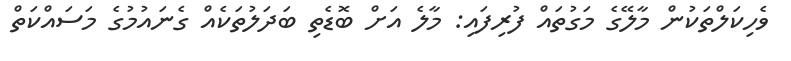
ވެހިކަލްތަކުން މާލޭގެ މަގުތައް ފުރިފައި: މާލެ އަށް ބޮޑެތި ބަދަލުތަކެއް ގެނައުމުގެ މަސައްކަތް